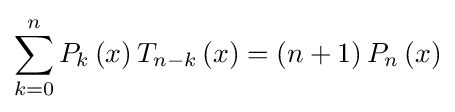
\sum _{k=0}^{n}P_{k}\left(x\right)T_{n-k}\left(x\right)=\left(n+1\right)P_{n}\left(x\right)